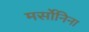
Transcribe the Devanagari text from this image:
मर्सोनिना